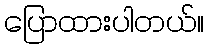
ပြောထားပါတယ်။